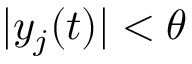
| y _ { j } ( t ) | < \theta